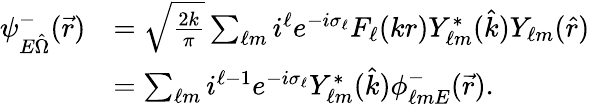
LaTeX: \begin{array}{rl}{\psi_{E\hat{\Omega}}^{-}(\vec{r})}&{=\sqrt{\frac{2k}{\pi}}\sum_{\ell m}i^{\ell}e^{-i\sigma_{\ell}}F_{\ell}(kr)Y_{\ell m}^{*}(\hat{k})Y_{\ell m}(\hat{r})}\\ &{=\sum_{\ell m}i^{\ell-1}e^{-i\sigma_{\ell}}Y_{\ell m}^{*}(\hat{k})\phi_{\ell mE}^{-}(\vec{r}).}\end{array}